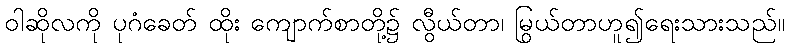
ဝါဆိုလကို ပုဂံခေတ် ထိုး ကျောက်စာတို့၌ လွီယ်တာ၊ မြွယ်တာဟူ၍ရေးသားသည်။